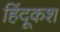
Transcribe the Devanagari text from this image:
हिंदूकश